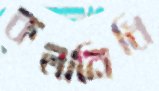
কলানিধি